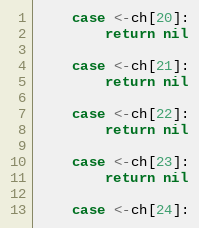
Language: Go
	case <-ch[20]:
		return nil

	case <-ch[21]:
		return nil

	case <-ch[22]:
		return nil

	case <-ch[23]:
		return nil

	case <-ch[24]: